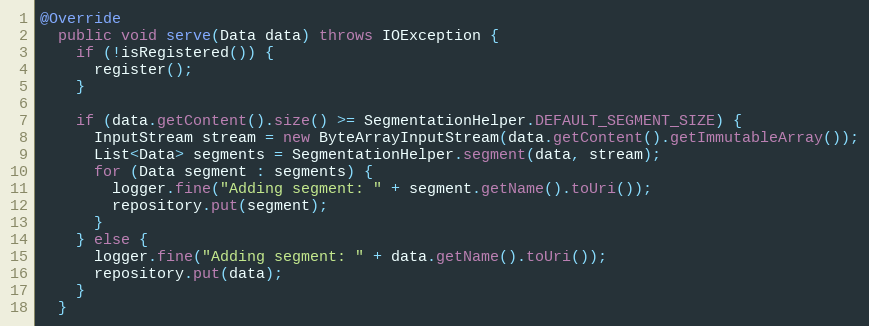
Language: Java
@Override
  public void serve(Data data) throws IOException {
    if (!isRegistered()) {
      register();
    }

    if (data.getContent().size() >= SegmentationHelper.DEFAULT_SEGMENT_SIZE) {
      InputStream stream = new ByteArrayInputStream(data.getContent().getImmutableArray());
      List<Data> segments = SegmentationHelper.segment(data, stream);
      for (Data segment : segments) {
        logger.fine("Adding segment: " + segment.getName().toUri());
        repository.put(segment);
      }
    } else {
      logger.fine("Adding segment: " + data.getName().toUri());
      repository.put(data);
    }
  }